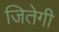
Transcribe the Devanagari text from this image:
जितेगी